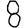
Digit: 8